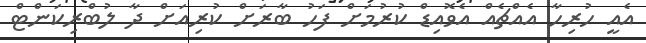
އެއީ ހުރިހާ އެއްޗެއް އެވޮއިޑް ކުރުމަށް ފަހު ބާރަށް ކުރިއަށް ދާ ލުބްރިކަންޓް